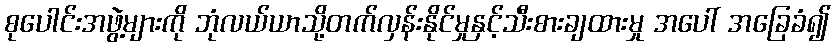
စုပေါင်းအဖွဲ့များကို ဘုံလယ်ယာသို့တက်လှန်းနိုင်မှုနှင့်သီးစားချထားမှု အပေါ် အခြေခံ၍